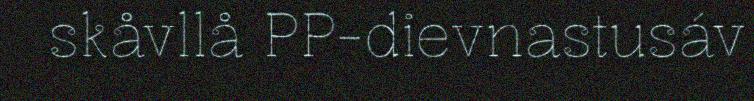
skåvllå PP-dievnastusáv